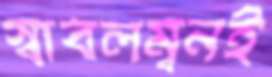
স্বাবলম্বনই